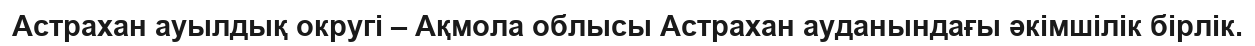
Астрахан ауылдық округі – Ақмола облысы Астрахан ауданындағы әкімшілік бірлік.